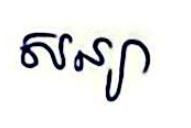
សន្យា